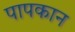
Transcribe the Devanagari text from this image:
पापकान